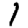
Digit: 1